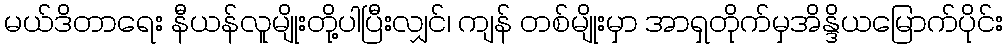
မယ်ဒိတာရေး နီယန်လူမျိုးတို့ပါပြီးလျှင်၊ ကျန် တစ်မျိုးမှာ အာရှတိုက်မှအိန္ဒိယမြောက်ပိုင်း